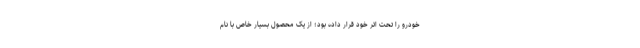
خودرو را تحت اثر خود قرار داده بود؛ از یک محصول بسیار خاص با نام